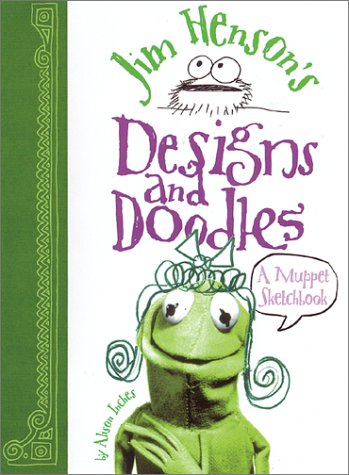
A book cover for Jim Henson's Designs and Doodles: A Muppet Sketchbook; Alison Inches; Crafts, Hobbies & Home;